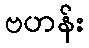
ဗဟန်း